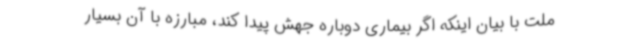
ملت با بیان اینکه اگر بیماری دوباره جهش پیدا کند، مبارزه با آن بسیار